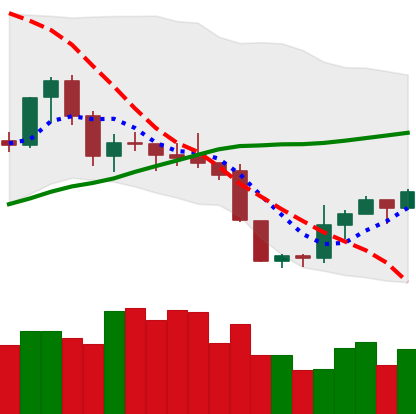
Ticker: XMR-USD
Chart end date: 2019-09-05
Forward return: -4.916%
Label: down_3_5